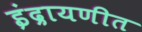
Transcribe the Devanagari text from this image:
इंद्रायणीत